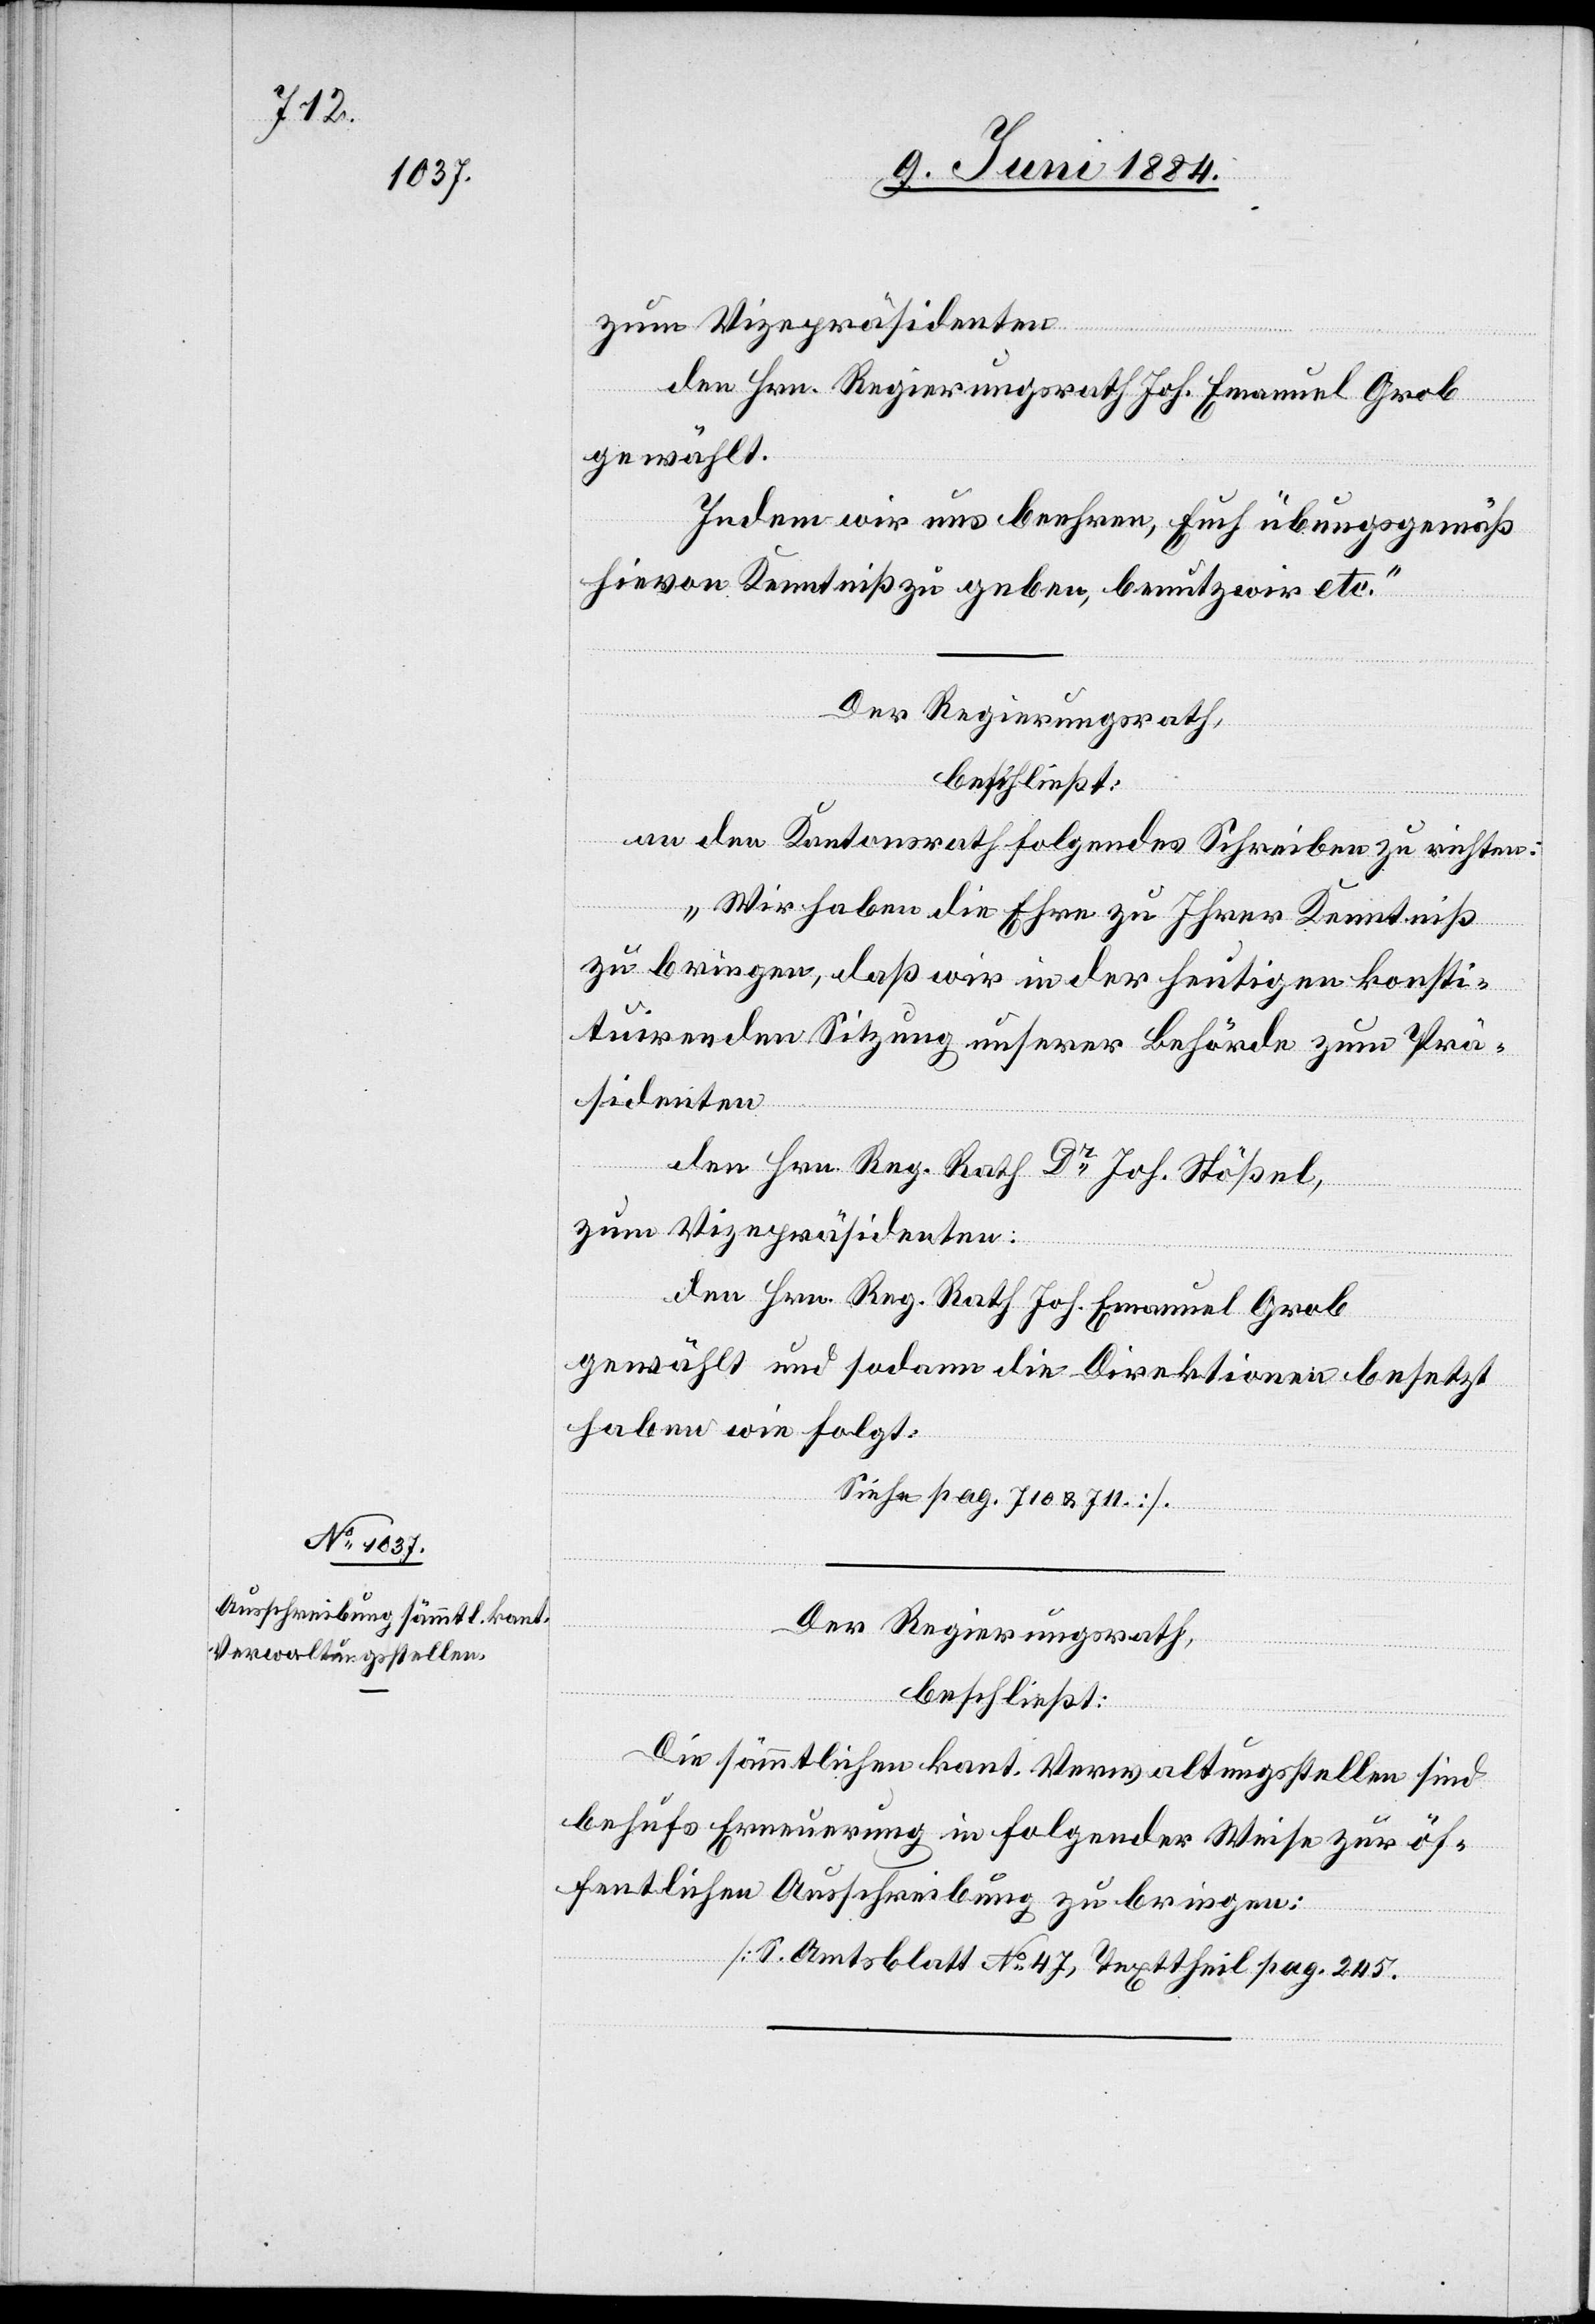
zum Vizepräsidenten
den Hrn. Regierungsrath Joh. Emanuel Grob
gewählt.
Indem wir uns beehren, Euch übungsgemäß
hievon Kenntniß zu geben, benutzen wir etc.“
Der Regierungsrath,
beschließt:
an den Kantonsrath folgendes Schreiben zu richten:
„Wir haben die Ehre zu Ihrer Kenntniß
zu bringen, daß wir in der heutigen konsti¬
tuirenden Sitzung unserer Behörde zum Prä¬
sidenten
den Hrn. Reg. Rath Dr Joh. Stößel,
zum Vizepräsidenten:
den Hrn. Reg. Rath Joh. Emanuel Grob
gewählt und sodann die Direktionen besetzt
haben wie folgt:
[Siehe pag. 710 & 711]
Der Regierungsrath,
beschließt:
Die sämmtlichen kant. Verwaltungsstellen sind
behufs Erneuerung in folgender Weise zur öf¬
fentlichen Ausschreibung zu bringen:
[S. Amtsblatt No 47, Texttheil pag. 245.]